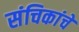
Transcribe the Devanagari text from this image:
संचिकांचे